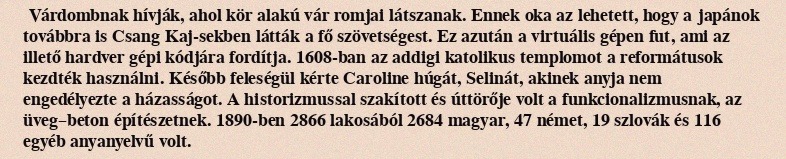
Várdombnak hívják, ahol kör alakú vár romjai látszanak. Ennek oka az lehetett, hogy a japánok továbbra is Csang Kaj-sekben látták a fő szövetségest. Ez azután a virtuális gépen fut, ami az illető hardver gépi kódjára fordítja. 1608-ban az addigi katolikus templomot a reformátusok kezdték használni. Később feleségül kérte Caroline húgát, Selinát, akinek anyja nem engedélyezte a házasságot. A historizmussal szakított és úttörője volt a funkcionalizmusnak, az üveg–beton építészetnek. 1890-ben 2866 lakosából 2684 magyar, 47 német, 19 szlovák és 116 egyéb anyanyelvű volt.